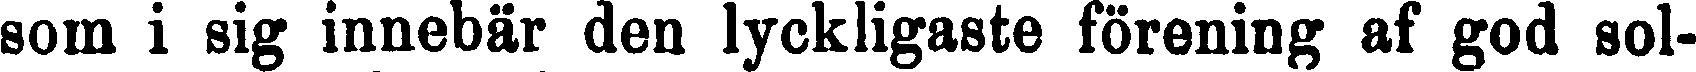
som i sig innebär den lyckligaste förening af god sol-